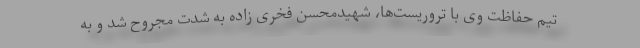
تیم حفاظت وی با تروریست‌ها، شهیدمحسن فخری زاده به شدت مجروح شد و به